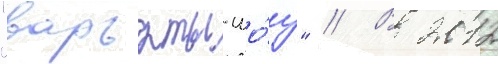
"варьяты-шо́у" // В 2012